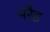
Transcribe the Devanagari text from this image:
परैड